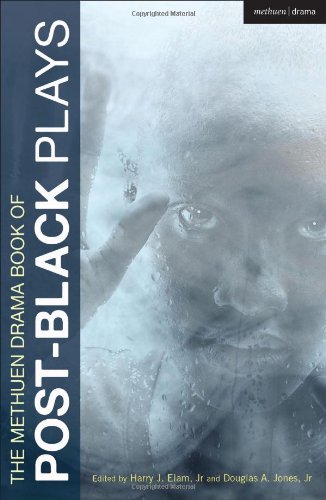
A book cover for The Methuen Drama Book of Post-black Plays (Play Anthologies); Literature & Fiction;